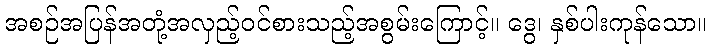
အစဉ်အပြန်အတုံ့အလှည့်ဝင်စားသည့်အစွမ်းကြောင့်။ ဒွေ၊ နှစ်ပါးကုန်သော။